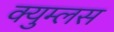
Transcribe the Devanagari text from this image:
क्युम्लस